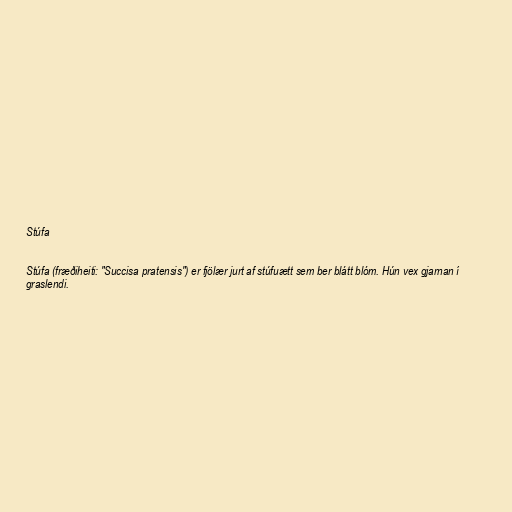
Stúfa

Stúfa (fræðiheiti: "Succisa pratensis") er fjölær jurt af stúfuætt sem ber blátt blóm. Hún vex gjarnan í
graslendi.